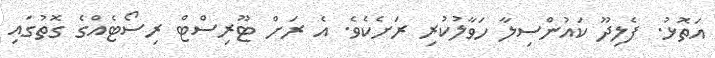
އަތޮޅު. ފެލިދޫ ކައުންސިލާ ހަވާލުކުރި ރަށެކެވެ. އެ ރަށް ޓޫރިސްޓް ރިސޯޓެއްގެ ގޮތުގައި